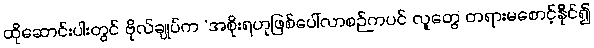
ထိုဆောင်းပါးတွင် ဗိုလ်ချုပ်က ‘အစိုးရဟုဖြစ်ပေါ်လာစဉ်ကပင် လူတွေ တရားမစောင့်နိုင်၍